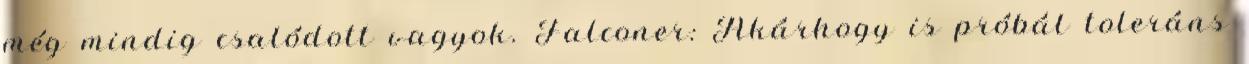
még mindig csalódott vagyok. Falconer: Akárhogy is próbál toleráns